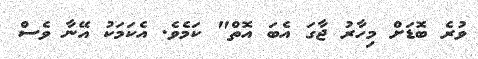
ވުރެ ބޮޑަށް މިހާރު ޖާގަ އެބަ އޮތް" ކަމެވެ. އެކަމަކު އޭނާ ވެސް